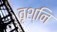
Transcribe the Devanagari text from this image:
वृश्नि